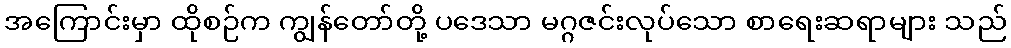
အကြောင်းမှာ ထိုစဉ်က ကျွန်တော်တို့ ပဒေသာ မဂ္ဂဇင်းလုပ်သော စာရေးဆရာများ သည်